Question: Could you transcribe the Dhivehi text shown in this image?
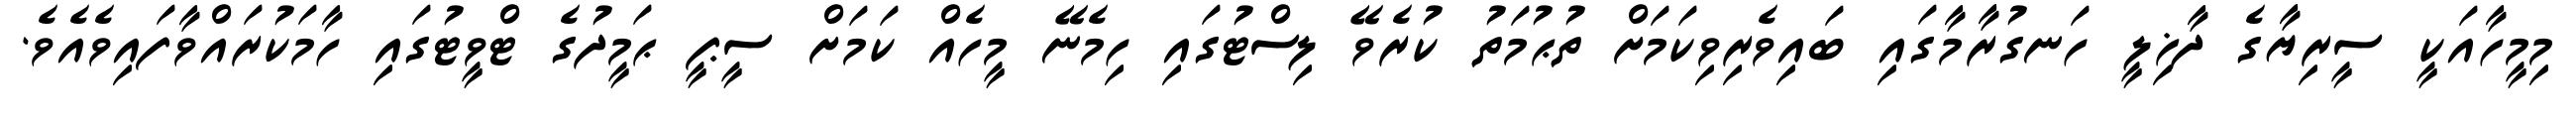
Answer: މިމީހާއަކީ ސީރިޔާގެ ދާޚިލީ ހަނގުރާމާގައި ބައިވެރިވިކަމަށް ތުޙުމަތު ކުރެވޭ ލިސްޓުގައި ހިމެނޭ މީހެއް ކަމަށް ސީޕީ ޙަމީދުގެ ޓްވީޓުގައި ހާމަކުރައްވާފައިވެއެވެ.